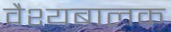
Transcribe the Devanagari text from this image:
वैश्यबालक